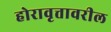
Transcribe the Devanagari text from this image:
होरावृत्तावरील